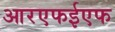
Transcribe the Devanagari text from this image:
आरएफईएफ